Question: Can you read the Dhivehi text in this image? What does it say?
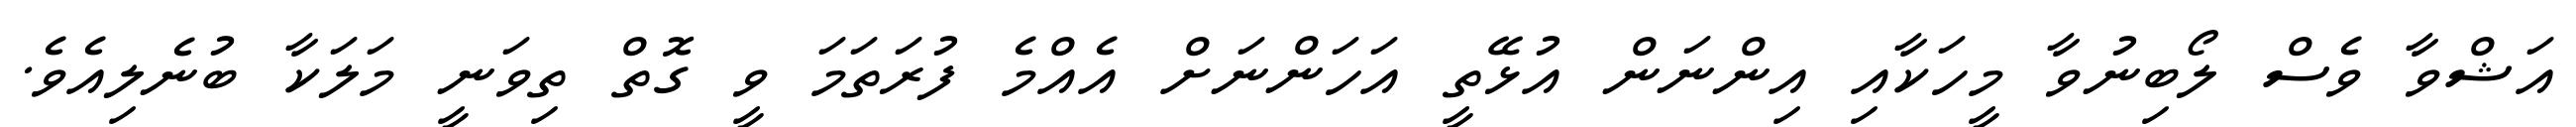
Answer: އަޝްވާ ވެސް ލޯބިނުވާ މީހަކާއި އިންނަން އުޅޭތީ އަހަންނަށް އެއްމެ ފުރަތަމަ ވީ ގޮތް ތިވަނީ މަލަކާ ބުނެލިއެވެ.